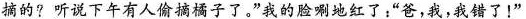
摘的?听说下午有人偷摘橘子了。"我的脸唰地红了:“爸，我，我错了!”